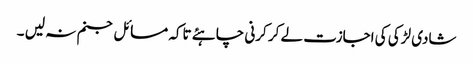
شادی لڑکی کی اجازت لے کر کرنی چاہئے تاکہ مسائل جنم نہ لیں ۔